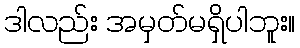
ဒါလည်း အမှတ်မရှိပါဘူး။